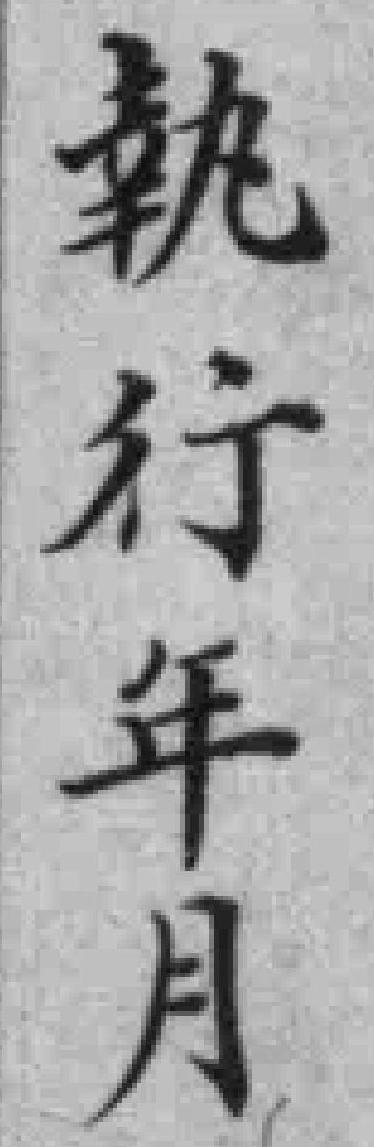
執行年月